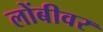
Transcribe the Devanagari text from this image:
लोंबीवर